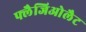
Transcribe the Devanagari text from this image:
फ्लैजिओलैट